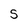
Character: s